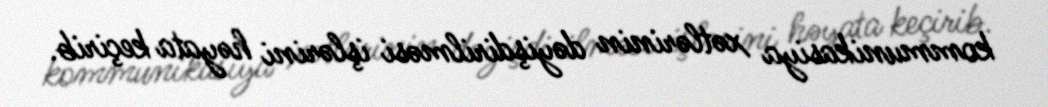
kommunikasiya xətlərinin dəyişdirilməsi işlərini həyata keçirib.